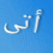
أتى